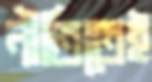
নীতিতেই